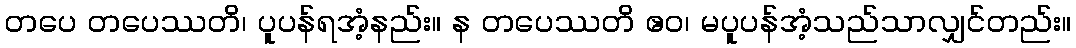
တပေ တပေဿတိ၊ ပူပန်ရအံ့နည်း။ န တပေဿတိ ဧဝ၊ မပူပန်အံ့သည်သာလျှင်တည်း။